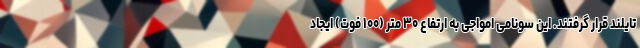
تایلند قرار گرفتند. این سونامی امواجی به ارتفاع ۳۰ متر (۱۰۰ فوت) ایجاد